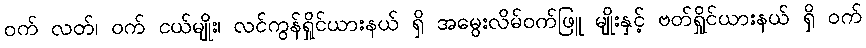
ဝက် လတ်၊ ဝက် ငယ်မျိုး၊ လင်ကွန်ရှိုင်ယားနယ် ရှိ အမွေးလိမ်ဝက်ဖြူ မျိုးနှင့် ဗတ်ရှိုင်ယားနယ် ရှိ ဝက်